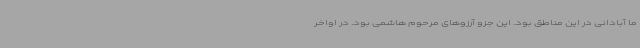
ما آبادانی در این مناطق بود. این جزو آرزوهای مرحوم هاشمی بود. در اواخر